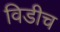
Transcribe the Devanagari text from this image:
विडीच